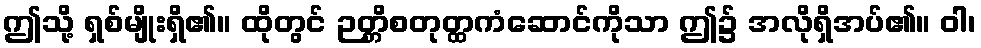
ဤသို့ ရှစ်မျိုးရှိ၏။ ထိုတွင် ဉတ္တိစတုတ္ထကံဆောင်ကိုသာ ဤ၌ အလိုရှိအပ်၏။ ဝါ၊